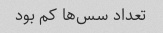
تعداد سس‌ها کم بود